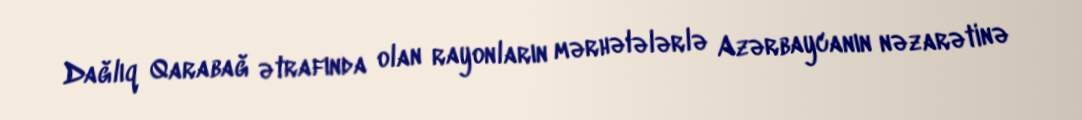
Dağlıq Qarabağ ətrafında olan rayonların mərhələlərlə Azərbaycanın nəzarətinə